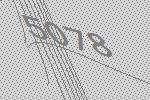
5078